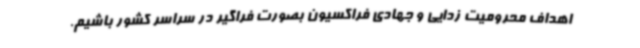
اهداف محرومیت زدایی و جهادی فراکسیون بصورت فراگیر در سراسر کشور باشیم.